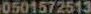
0501572513